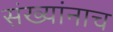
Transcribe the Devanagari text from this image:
संख्यांनाच